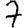
Digit: 7